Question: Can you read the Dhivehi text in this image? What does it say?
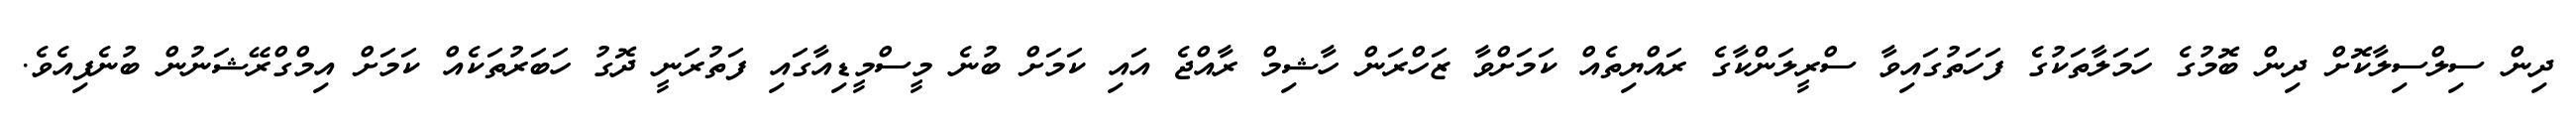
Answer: ދިން ސިލްސިލާކޮށް ދިން ބޮމުގެ ހަމަލާތަކުގެ ފަހަތުގައިވާ ސްރީލަންކާގެ ރައްޔިތެއް ކަމަށްވާ ޒަހްރަން ހާޝިމް ރާއްޖެ އައި ކަމަށް ބުނެ މީސްމީޑިއާގައި ފަތުރަނީ ދޮގު ހަބަރުތަކެއް ކަމަށް އިމްގްރޭޝަނުން ބުނެފިއެވެ.